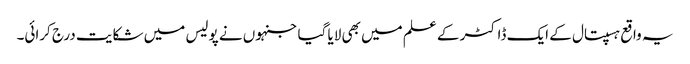
یہ واقع ہسپتال کے ایک ڈاکٹر کے علم میں بھی لایا گیا جنہوں نے پولیس میں شکایت درج کرائی۔